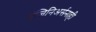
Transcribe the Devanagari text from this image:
इंजिनिअर्सनाही